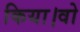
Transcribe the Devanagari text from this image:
किया।वो